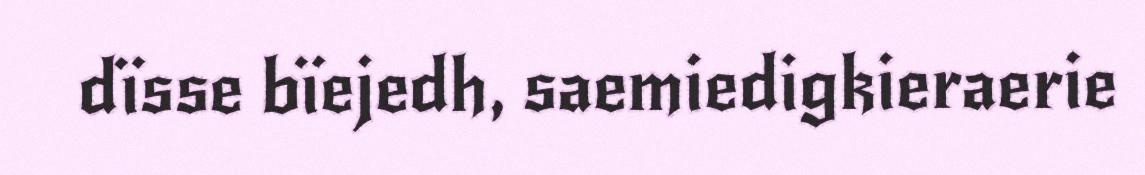
dïsse bïejedh, saemiedigkieraerie